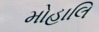
મોહાલિ